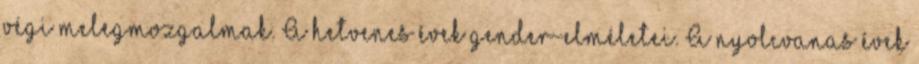
végi melegmozgalmak. A hetvenes évek gender-elméletei. A nyolcvanas évek